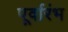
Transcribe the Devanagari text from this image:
पूर्वारंभ